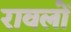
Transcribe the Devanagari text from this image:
रावलों